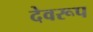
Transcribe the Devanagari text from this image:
देवरूप